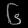
Digit: ၆